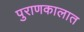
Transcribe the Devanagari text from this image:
पुराणकालात